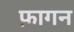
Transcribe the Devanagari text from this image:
फ़ागन